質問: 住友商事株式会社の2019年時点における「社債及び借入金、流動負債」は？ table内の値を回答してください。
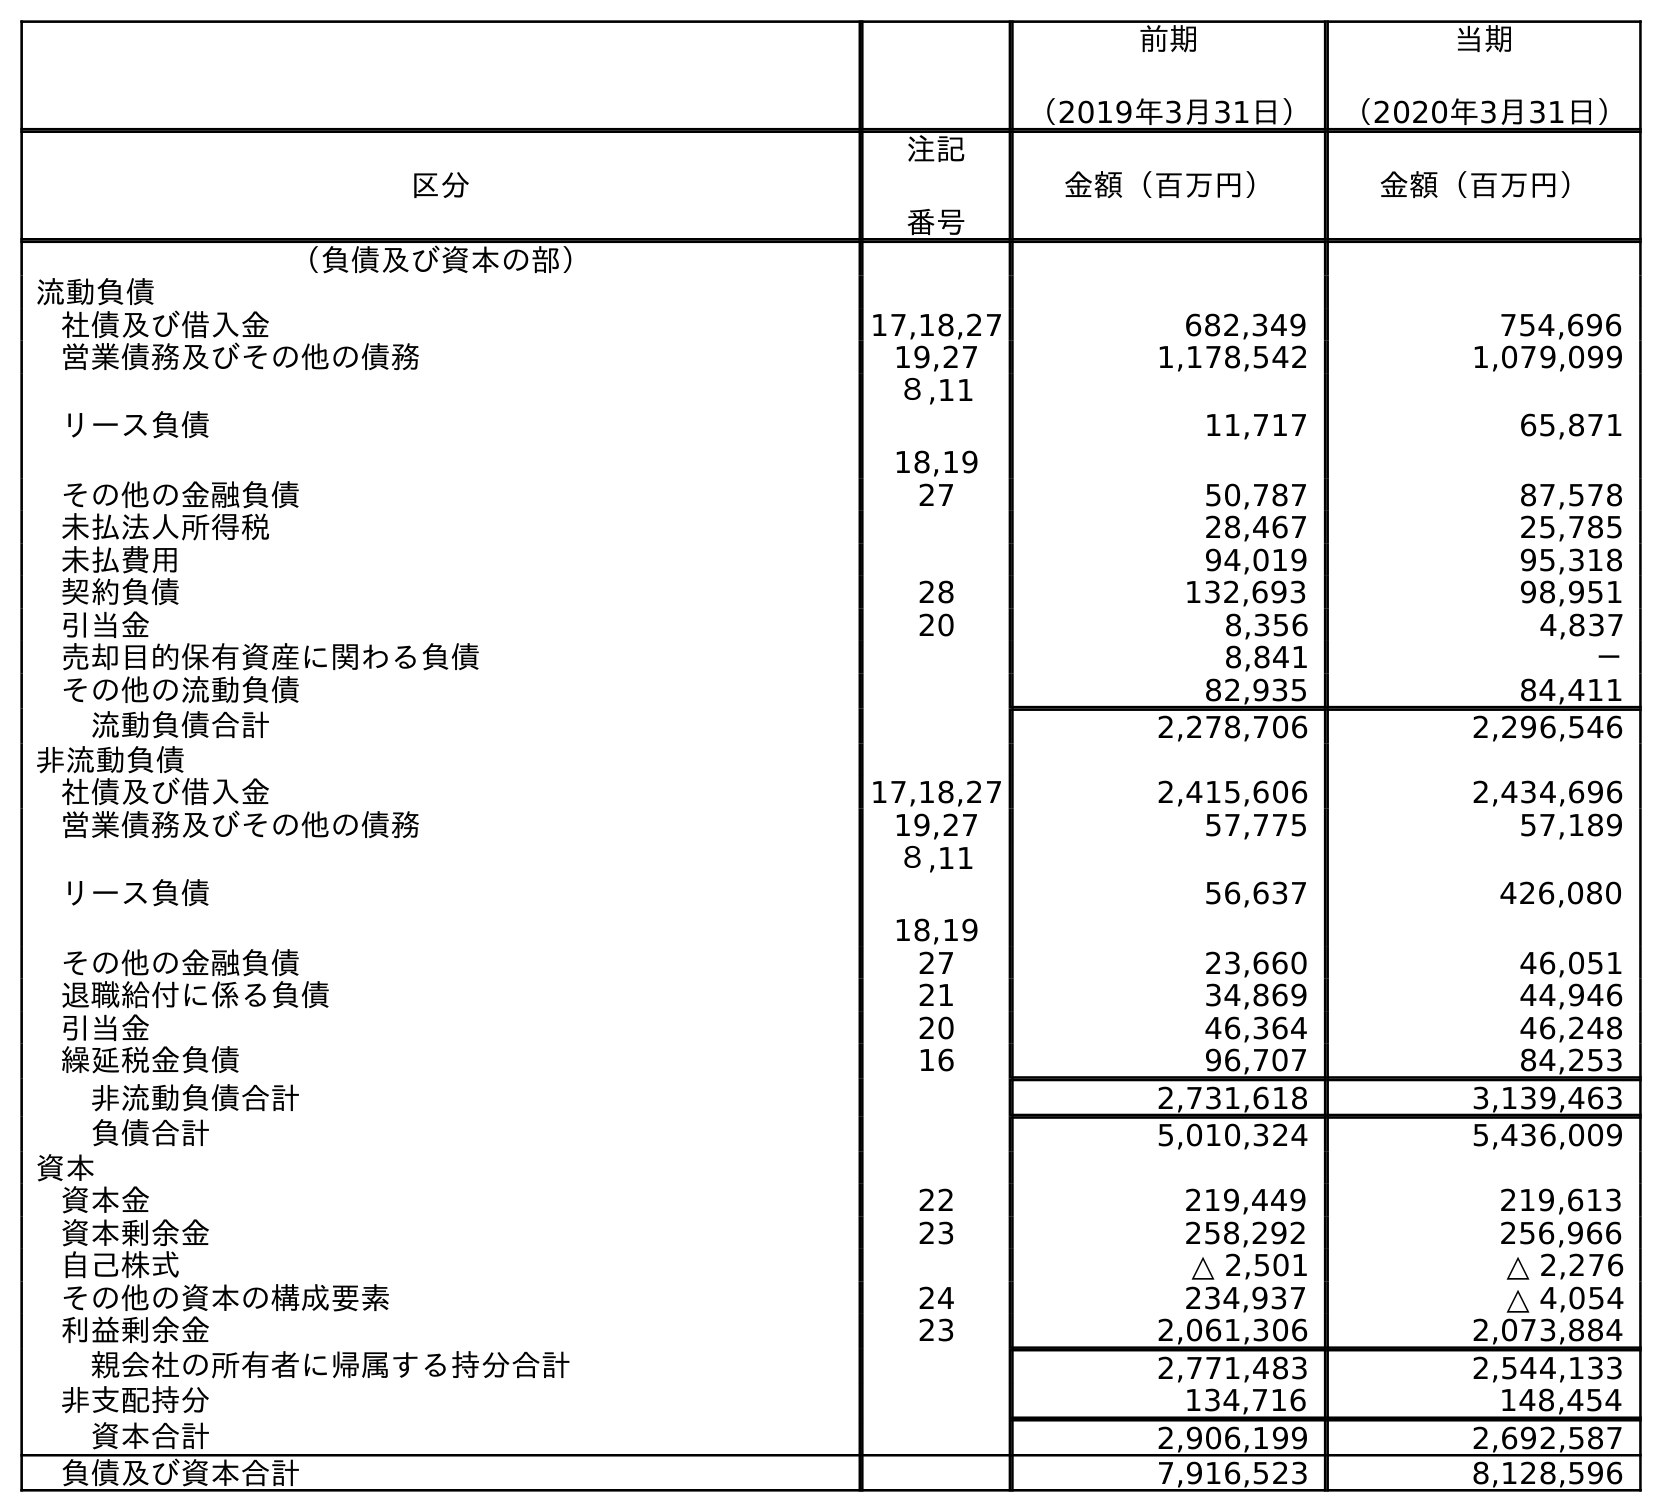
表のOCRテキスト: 前期 （2019年3月31日） 当期 （2020年3月31日） 区分 注記 番号 金額（百万円） 金額（百万円） （負債及び資本の部） 流動負債 社債及び借入金 17,18,27 682,349 754,696 営業債務及びその他の債務 19,27 1,178,542 1,079,099 リース負債 ８,11 18,19 11,717 65,871 その他の金融負債 27 50,787 87,578 未払法人所得税 28,467 25,785 未払費用 94,019 95,318 契約負債 28 132,693 98,951 引当金 20 8,356 4,837 売却目的保有資産に関わる負債 8,841 － その他の流動負債 82,935 84,411 流動負債合計 2,278,706 2,296,546 非流動負債 社債及び借入金 17,18,27 2,415,606 2,434,696 営業債務及びその他の債務 19,27 57,775 57,189 リース負債 ８,11 18,19 56,637 426,080 その他の金融負債 27 23,660 46,051 退職給付に係る負債 21 34,869 44,946 引当金 20 46,364 46,248 繰延税金負債 16 96,707 84,253 非流動負債合計 2,731,618 3,139,463 負債合計 5,010,324 5,436,009 資本 資本金 22 219,449 219,613 資本剰余金 23 258,292 256,966 自己株式 △ 2,501 △ 2,276 その他の資本の構成要素 24 234,937 △ 4,054 利益剰余金 23 2,061,306 2,073,884 親会社の所有者に帰属する持分合計 2,771,483 2,544,133 非支配持分 134,716 148,454 資本合計 2,906,199 2,692,587 負債及び資本合計 7,916,523 8,128,596
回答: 682,349